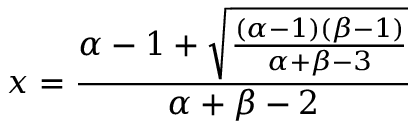
x = { \frac { \alpha - 1 + { \sqrt { \frac { ( \alpha - 1 ) ( \beta - 1 ) } { \alpha + \beta - 3 } } } } { \alpha + \beta - 2 } }